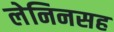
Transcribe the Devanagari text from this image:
लेनिनसह